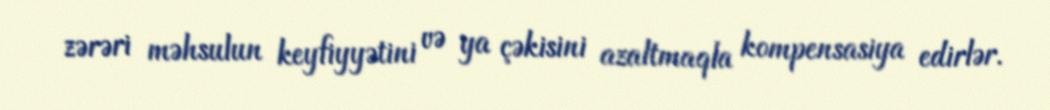
zərəri məhsulun keyfiyyətini və ya çəkisini azaltmaqla kompensasiya edirlər.